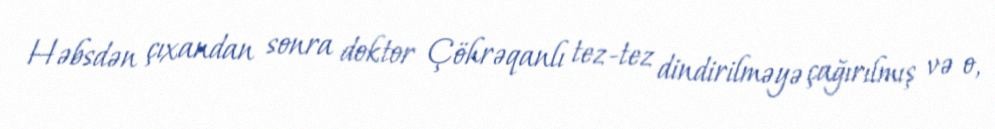
Həbsdən çıxandan sonra doktor Çöhrəqanlı tez-tez dindirilməyə çağırılmış və o,